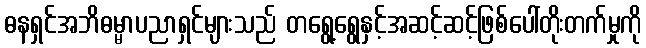
ဓနရှင်အဘိဓမ္မာပညာရှင်များသည် တရွေ့ရွေနှင့်အဆင့်ဆင့်ဖြစ်ပေါ်တိုးတက်မှုကို